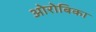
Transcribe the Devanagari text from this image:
ओरोबिका